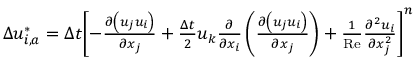
\begin{array} { r } { \Delta u _ { i , a } ^ { * } = \Delta t { { \left[ - \frac { \partial \left( { { u } _ { j } } { { u } _ { i } } \right) } { \partial { { x } _ { j } } } + \frac { \Delta t } { 2 } { { u } _ { k } } \frac { \partial } { \partial { { x } _ { i } } } \left( \frac { \partial \left( { { u } _ { j } } { { u } _ { i } } \right) } { \partial { { x } _ { j } } } \right) + \frac { 1 } { \operatorname { R e } } \frac { { { \partial } ^ { 2 } } { { u } _ { i } } } { \partial x _ { j } ^ { 2 } } \right] } ^ { n } } } \end{array}